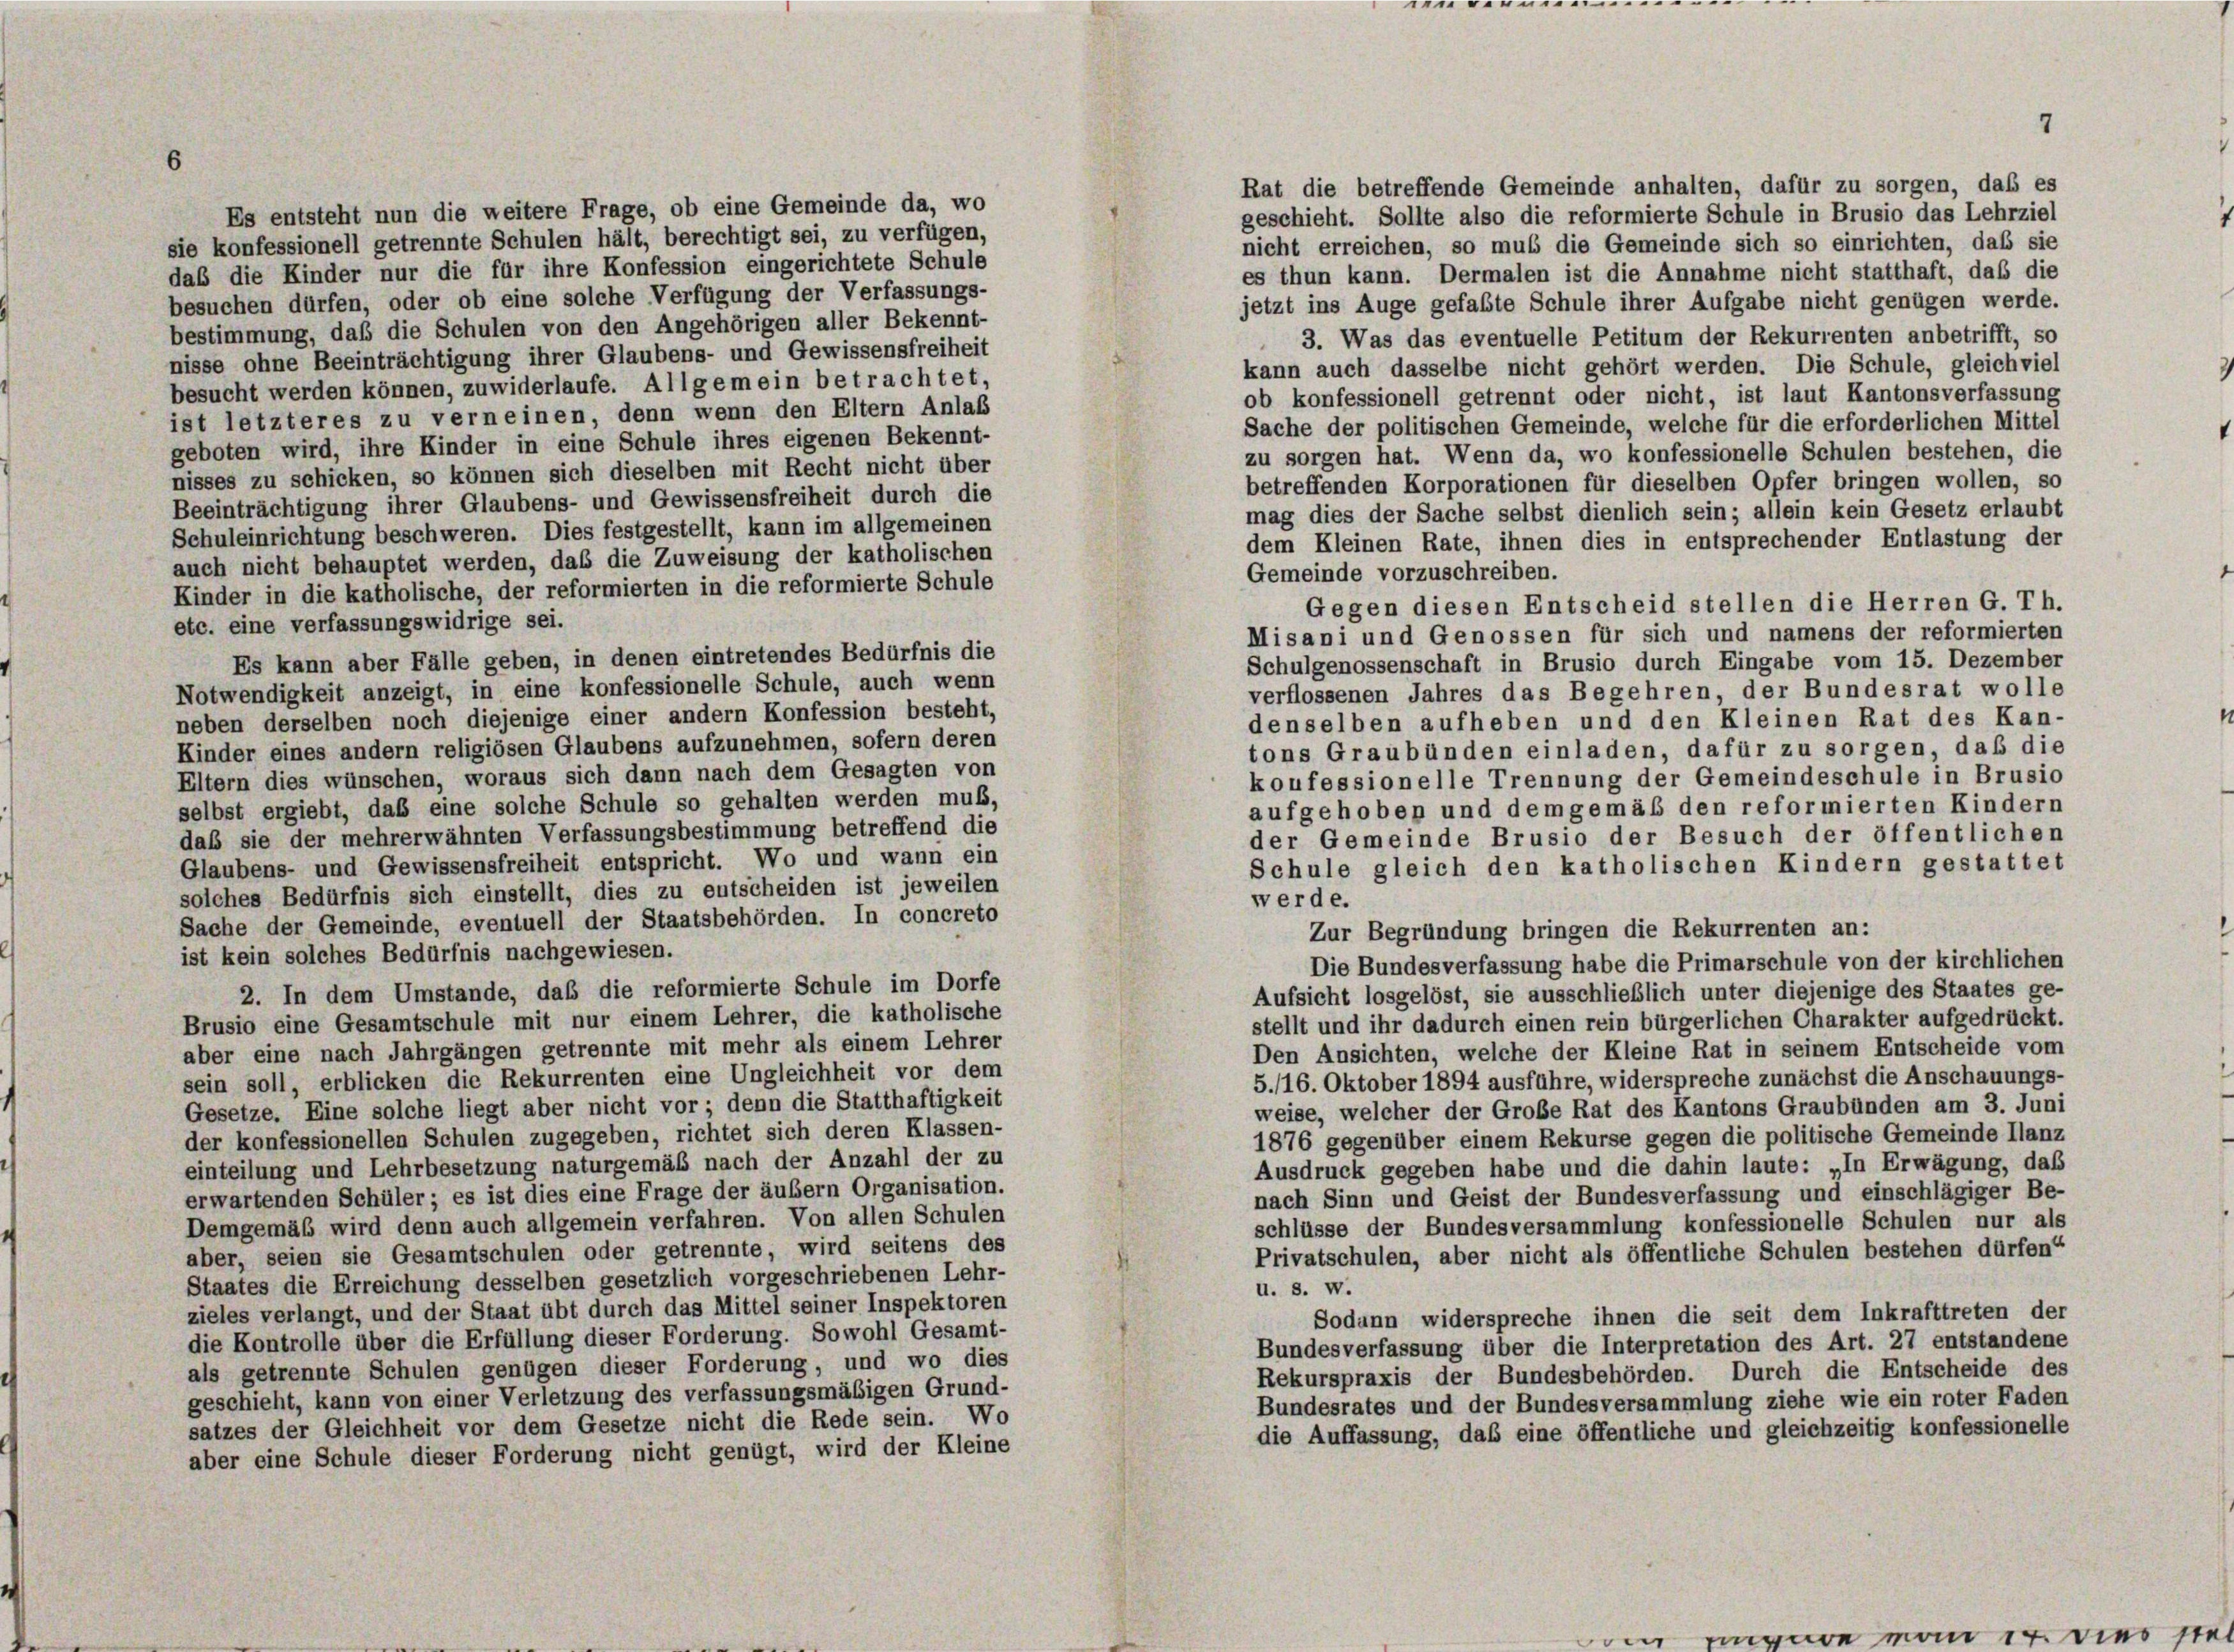
Rat die betreffende Gemeinde anhalten, dafür zu sorgen, daß es
Es entsteht nun die weitere Frage, ob eine Gemeinde da, wo
geschieht. Sollte also die reformierte Schule in Brusio das Lehrziel
sie konfessionell getrennte Schulen hält, berechtigt sei, zu verfügen,
nicht erreichen, so muß die Gemeinde sich so einrichten, daß sie
daß die Kinder nur die für ihre Konfession eingerichtete Schule
es thun kann. Dermalen ist die Annahme nicht statthaft, daß die
besuchen dürfen, oder ob eine solche Verfügung der Verfassungs-
jetzt ins Auge gefaßte Schule ihrer Aufgabe nicht genügen werde.
bestimmung, daß die Schulen von den Angehörigen aller Bekennt-
3. Was das eventuelle Petitum der Rekurrenten anbetrifft, so
nisse ohne Beeinträchtigung ihrer Glaubens- und Gewissensfreiheit
kann auch dasselbe nicht gehört werden. Die Schule, gleichviel
besucht werden können, zuwiderlaufe. Allgemein betrachtet,
ob konfessionell getrennt oder nicht, ist laut Kantonsverfassung
ist letzteres zu verneinen, denn wenn den Eltern Anlaß
Sache der politischen Gemeinde, welche für die erforderlichen Mittel
geboten wird, ihre Kinder in eine Schule ihres eigenen Bekennt-
zu sorgen hat. Wenn da, wo konfessionelle Schulen bestehen, die
nisses zu schicken, so können sich dieselben mit Recht nicht über
betreffenden Korporationen für dieselben Opfer bringen wollen, so
Beeinträchtigung ihrer Glaubens- und Gewissensfreiheit durch die
mag dies der Sache selbst dienlich sein; allein kein Gesetz erlaubt
Schuleinrichtung beschweren. Dies festgestellt, kann im allgemeinen
dem Kleinen Rate, ihnen dies in entsprechender Entlastung der
auch nicht behauptet werden, daß die Zuweisung der katholischen
Gemeinde vorzuschreiben.
Kinder in die katholische, der reformierten in die reformierte Schule
Gegen diesen Entscheid stellen die Herren G. Th.
etc. eine verfassungswidrige sei.
Misani und Genossen für sich und namens der reformierten
Es kann aber Fälle geben, in denen eintretendes Bedürfnis die
Schulgenossenschaft in Brusio durch Eingabe vom 15. Dezember
Notwendigkeit anzeigt, in eine konfessionelle Schule, auch wenn
verflossenen Jahres das Begehren, der Bundesrat wolle
neben derselben noch diejenige einer andern Konfession besteht,
denselben aufheben und den Kleinen Rat des Kan-
Kinder eines andern religiösen Glaubens aufzunehmen, sofern deren
tons Graubünden einladen, dafür zu sorgen, daß die
Eltern dies wünschen, woraus sich dann nach dem Gesagten von
koufessionelle Trennung der Gemeindeschule in Brusio
selbst ergiebt, daß eine solche Schule so gehalten werden muß,
aufgehoben und demgemäß den reformierten Kindern
daß sie der mehrerwähnten Verfassungsbestimmung betreffend die
der Gemeinde Brusio der Besuch der öffentlichen
Glaubens- und Gewissensfreiheit entspricht. Wo und wann ein
Schule gleich den katholischen Kindern gestattet
solches Bedürfnis sich einstellt, dies zu entscheiden ist jeweilen
werde.
Sache der Gemeinde, eventuell der Staatsbehörden. In concreto
Zur Begründung bringen die Rekurrenten an:
ist kein solches Bedürfnis nachgewiesen.
Die Bundesverfassung habe die Primarschule von der kirchlichen
2. In dem Umstände, daß die reformierte Schule im Dorfe
Aufsicht losgelöst, sie ausschließlich unter diejenige des Staates ge-
Brusio eine Gesamtschule mit nur einem Lehrer, die katholische
stellt und ihr dadurch einen rein bürgerlichen Charakter aufgedrückt.
aber eine nach Jahrgängen getrennte mit mehr als einem Lehrer
Den Ansichten, welche der Kleine Rat in seinem Entscheide vom
sein soll, erblicken die Rekurrenten eine Ungleichheit vor dem
5./16. Oktober 1894 ausführe, widerspreche zunächst die Anschauungs-
Gesetze. Eine solche liegt aber nicht vor denn die Statthaftigkeit
weise, welcher der Große Rat des Kantons Graubünden am 3. Juni
der konfessionellen Schulen zugegeben, richtet sich deren Klassen-
1876 gegenüber einem Rekurse gegen die politische Gemeinde Ilanz
einteilung und Lehrbesetzung naturgemäß nach der Anzahl der zu
Ausdruck gegeben habe und die dahin laute: „In Erwägung, daß
erwartenden Schüler; es ist dies eine Frage der äußern Organisation.
nach Sinn und Geist der Bundesverfassung und einschlägiger Be-
Demgemäß wird denn auch allgemein verfahren. Von allen Schulen
schlüsse der Bundesversammlung konfessionelle Schulen nur als
aber, seien sie Gesamtschulen oder getrennte, wird seitens des
Privatschulen, aber nicht als öffentliche Schulen bestehen dürfen“
Staates die Erreichung desselben gesetzlich vorgeschriebenen Lehr-
u. s. w.
zieles verlangt, und der Staat übt durch das Mittel seiner Inspektoren
Sodann widerspreche ihnen die seit dem Inkrafttreten der
die Kontrolle über die Erfüllung dieser Forderung. Sowohl Gesamt-
Bundesverfassung über die Interpretation des Art. 27 entstandene
als getrennte Schulen genügen dieser Forderung, und wo dies
Rekurspraxis der Bundesbehörden. Durch die Entscheide des
geschieht, kann von einer Verletzung des verfassungsmäßigen Grund-
Bundesrates und der Bundesversammlung ziehe wie ein roter Faden
satzes der Gleichheit vor dem Gesetze nicht die Rede sein. Wo
die Auffassung, daß eine öffentliche und gleichzeitig konfessionelle
aber eine Schule dieser Forderung nicht genügt, wird der Kleine